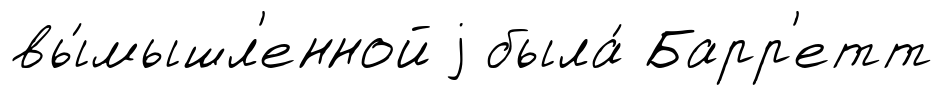
вы́мышл'енной j была́ Барр'етт